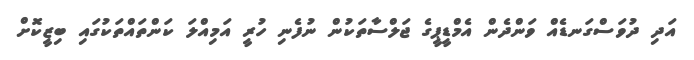
އަދި ދުވަސްގަނޑެއް ވަންދެން އެމްޑީޕީގެ ޖަލްސާތަކުން ނުފެނި ހުރީ އަމިއްލަ ކަންތައްތަކުގައި ބިޒީކޮށް